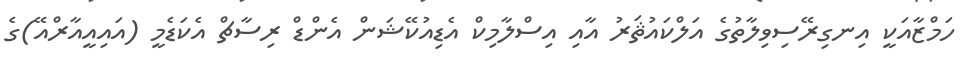
ހަމްޒާއަކީ އިނގިރޭސިވިލާތުގެ އަލްކައުޘަރު އާއި އިސްލާމިކް އެޑިއުކޭޝަން އެންޑް ރިސާޗް އެކަޑެމީ (އައިއީއާރްއޭ)ގެ